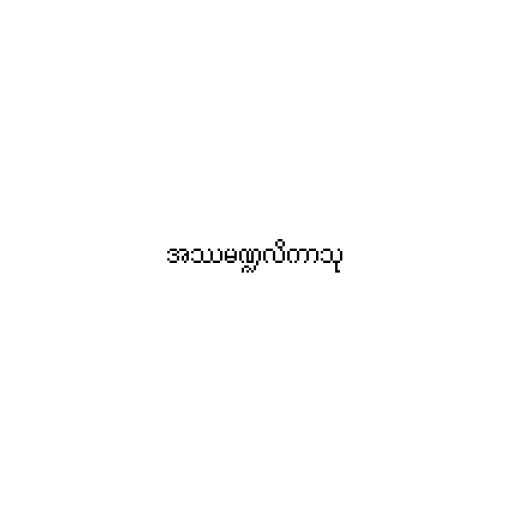
အဿမဏ္ဍလိကာသု